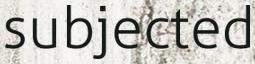
subjected